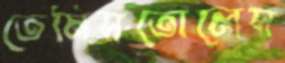
তেমিসতোলেস